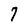
Character: 7